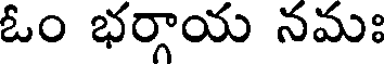
ఓం భర్గాయ నమః